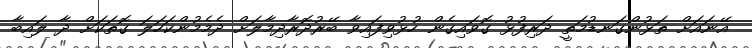
އޭނައަށް ތަޅުންގަނޑުމަތީ ދަރިފުޅު ގޮވައިގެން ހުޅުވިފައިވާ ބޭރުދޮރާދިމާލަށް ދެމެމުންކަހަލަ ގޮތަކަށް ދާ ލައިބާ